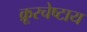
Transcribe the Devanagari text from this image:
क्रूरचेष्टाय